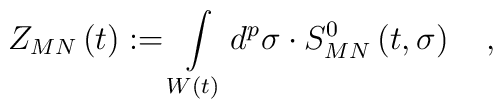
Z_{MN}\left( t\right) :=\int\limits_{W\left( t\right) }d^p\sigma\cdot S_{MN}^0\left( t,\sigma \right) \quad ,